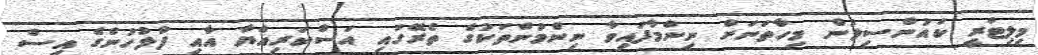
މިލިޓަރީ ކައުންސިލުން މިހާތަނަށް ނިންމާފައިވާ ނިންމުންތަކުގެ ތެރޭގައި އަސްކަރިއްޔާ އާއި ފުލުހުންގެ އިސް